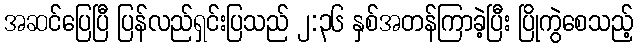
အဆင်ပြေပြီ ပြန်လည်ရှင်းပြသည် ၂:၃၆ နှစ်အတန်ကြာခဲ့ပြီး ပြိုကွဲစေသည့်